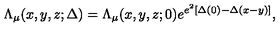
\Lambda _ { \mu } ( x , y , z ; \Delta ) = \Lambda _ { \mu } ( x , y , z ; 0 ) e ^ { e ^ { 2 } \left[ \Delta ( 0 ) - \Delta ( x - y ) \right] } ,